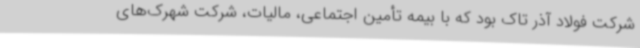
شرکت فولاد آذر تاک بود که با بیمه تأمین اجتماعی، مالیات، شرکت شهرک‌های